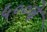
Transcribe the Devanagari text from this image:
५००चे